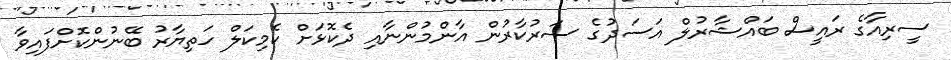
ސީރިއާގެ ރައީސް ބައްޝާރުލް އަސަދުގެ ސަރުކާރުން އާންމުންނާއި ދެކޮޅަށް ކެމިކަލް ހަތިޔާރު ބޭނުންކޮށްފައިވާ